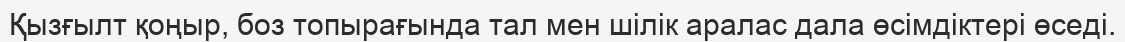
Қызғылт қоңыр, боз топырағында тал мен шілік аралас дала өсімдіктері өседі.